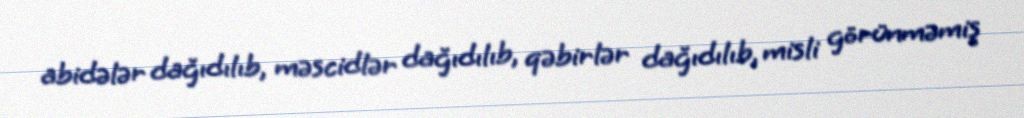
abidələr dağıdılıb, məscidlər dağıdılıb, qəbirlər dağıdılıb, misli görünməmiş